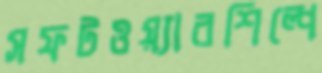
সফটওয়্যারশিল্পে